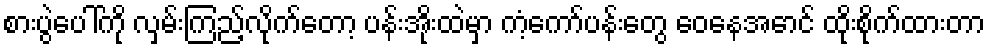
စားပွဲပေါ်ကို လှမ်းကြည့်လိုက်တော့ ပန်းအိုးထဲမှာ ကံ့ကော်ပန်းတွေ ဝေနေအောင် ထိုးစိုက်ထားတာ